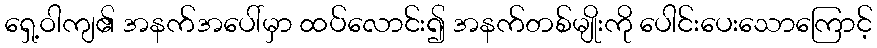
ရှေ့ဝါကျ၏ အနက်အပေါ်မှာ ထပ်လောင်း၍ အနက်တစ်မျိုးကို ပေါင်းပေးသောကြောင့်